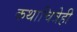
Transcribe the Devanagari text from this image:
कथाचित्रेही